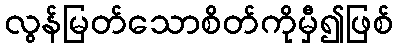
လွန်မြတ်သောစိတ်ကိုမှီ၍ဖြစ်